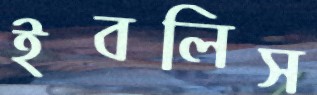
ইবলিস